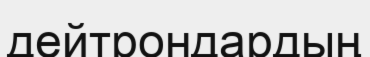
дейтрондардың